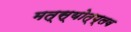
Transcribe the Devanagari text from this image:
मत्स्योत्प्लव